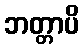
ဘတ္တာပိ